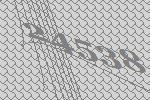
24538